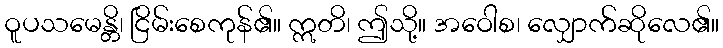
ဝူပသမေန္တိ၊ ငြိမ်းစေကုန်၏။ ဣတိ၊ ဤသို့။ အဝေါစ၊ လျှောက်ဆိုလေ၏။